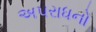
અપરાધનો